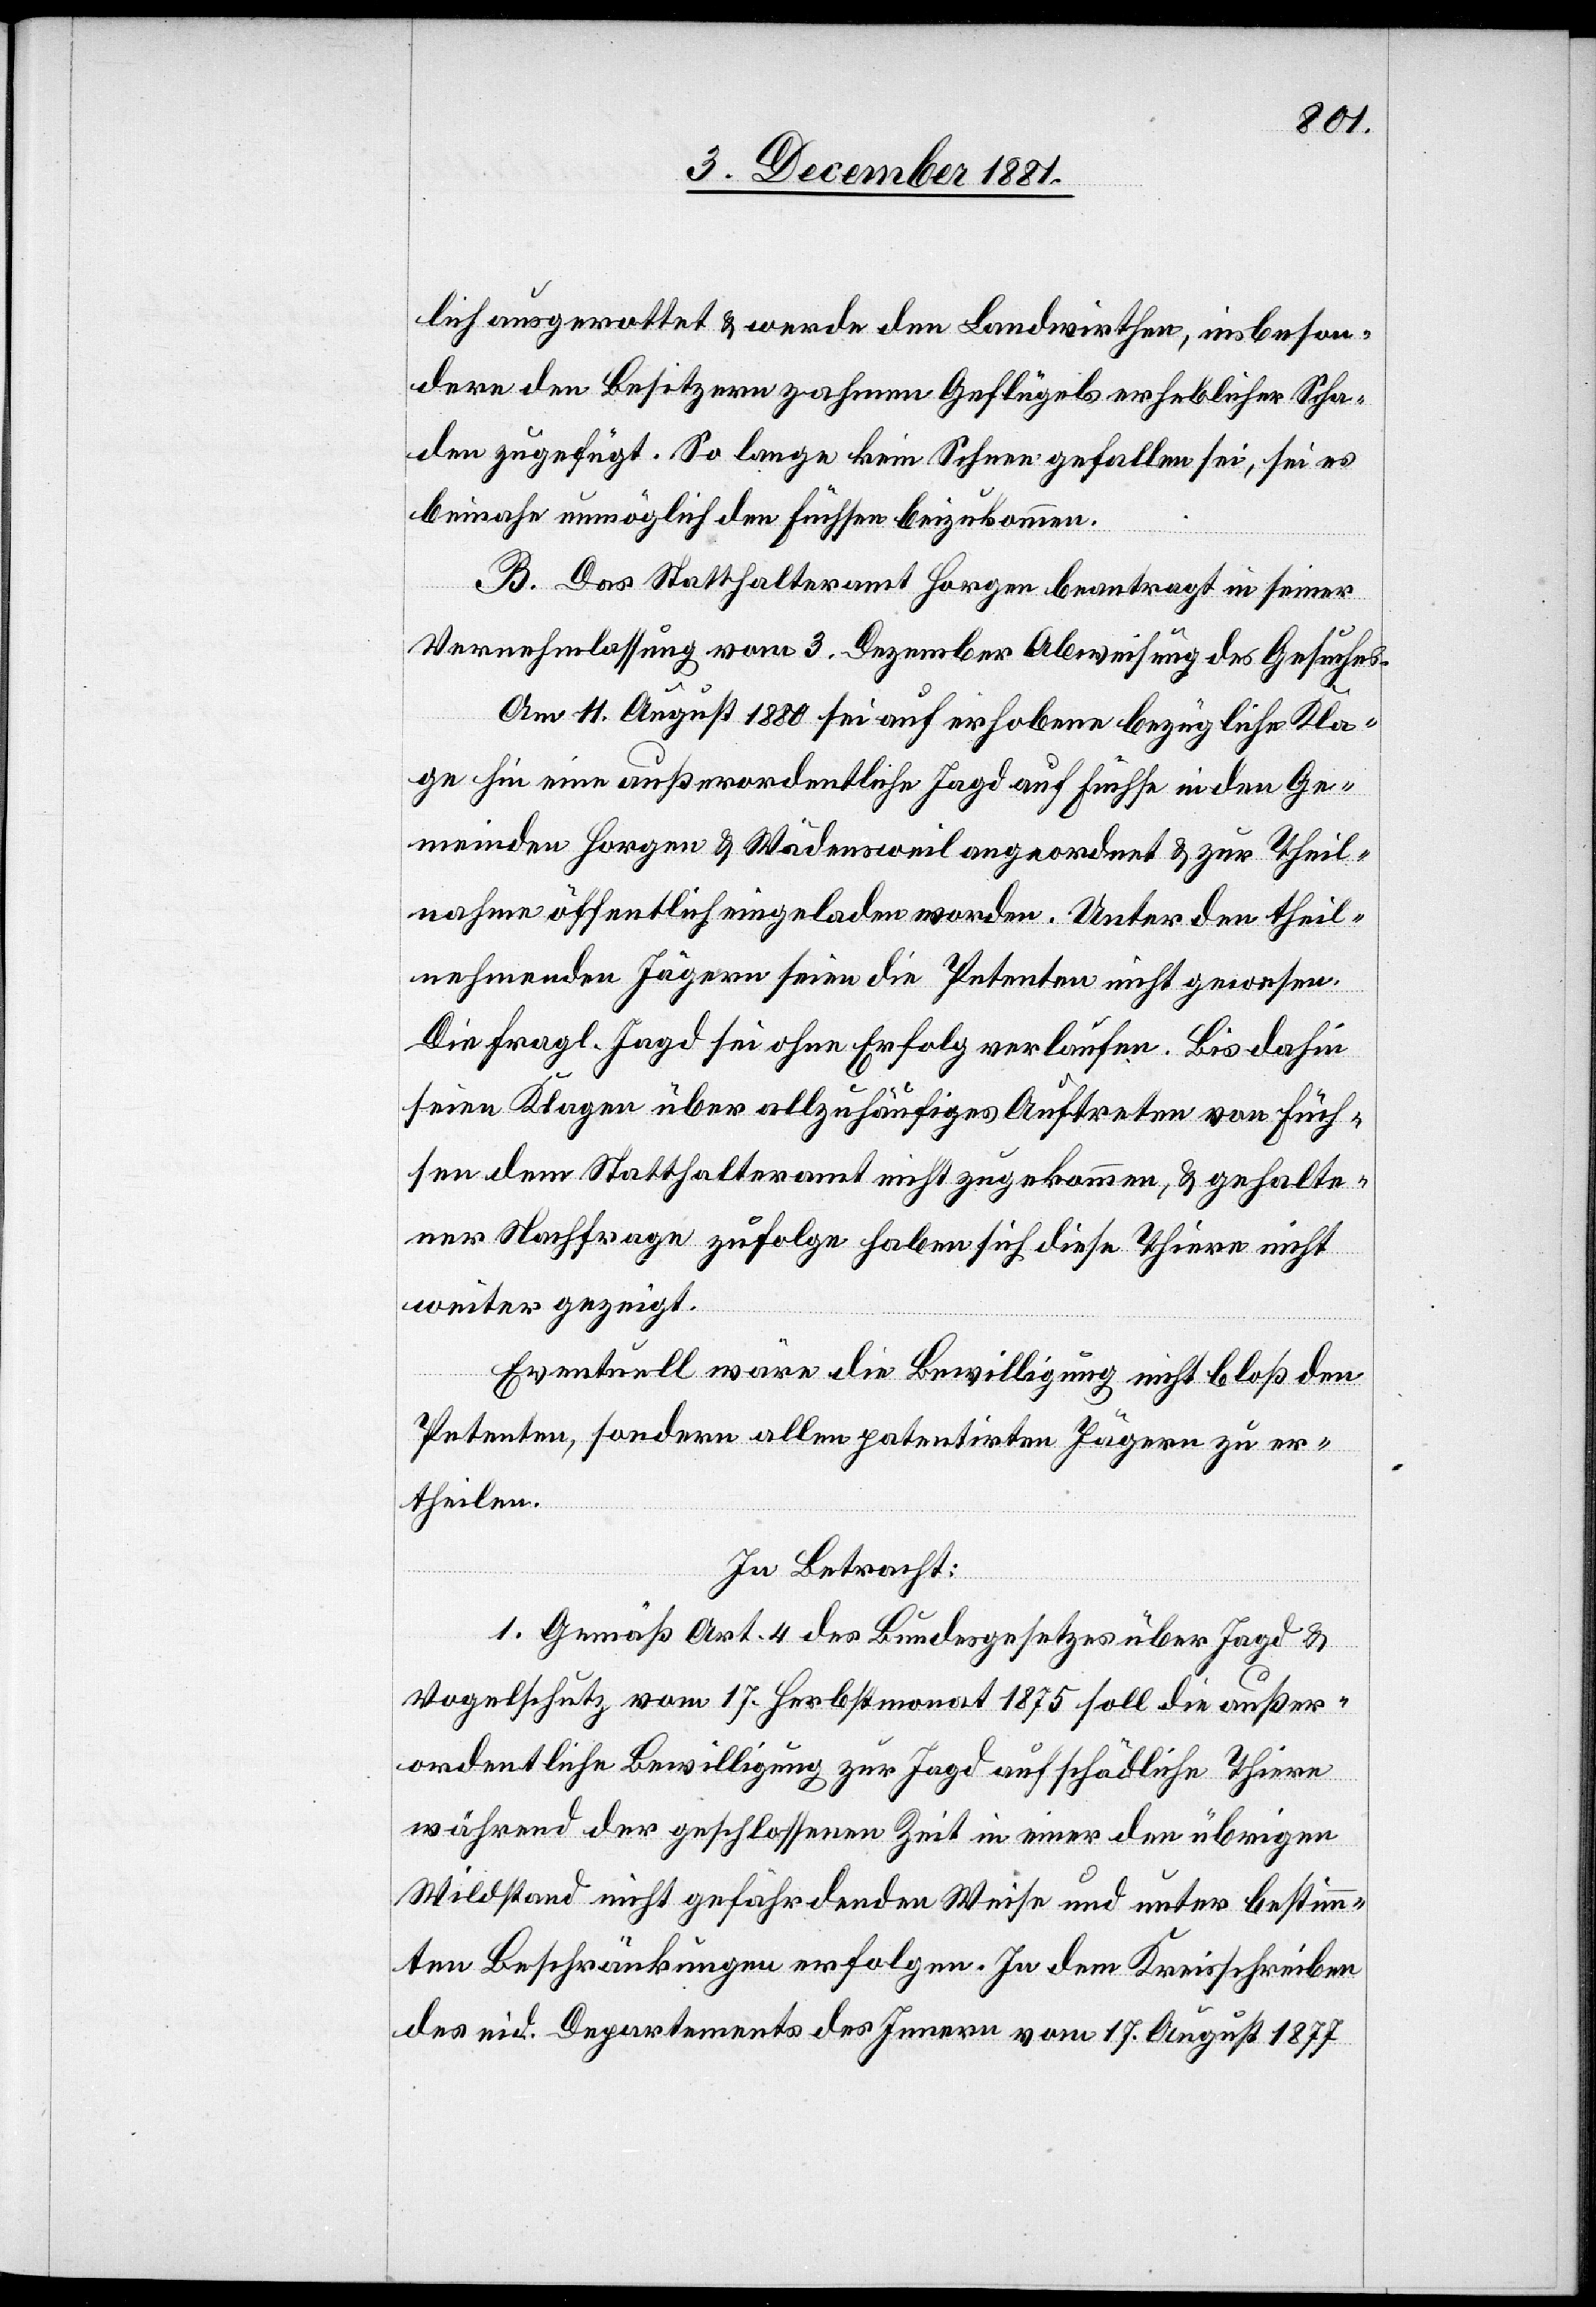
lich ausgerottet & werde den Landwirthen, insbeson¬
dere den Besitzern zahmen Geflügels erheblicher Scha¬
den zugefügt. So lange kein Schnee gefallen sei, sei es
beinahe unmöglich den Füchsen beizukommen.
B. Das Statthalteramt Horgen beantragt in seiner
Vernehmlassung vom 3. Dezember Abweisung des Gesuches.
Am 11. August 1880 sei auf erhobene bezügliche Kla¬
ge hin eine außerordentliche Jagd auf Füchse in den Ge¬
meinden Horgen & Wädensweil angeordnet & zur Theil¬
nahme öffentlich eingeladen worden. Unter den theil¬
nehmenden Jägern seien die Petenten nicht gewesen.
Die fragl. Jagd sei ohne Erfolg verlaufen. Bis dahin
seien Klagen über allzuhäufiges Auftreten von Füch¬
sen dem Statthalteramt nicht zugekommen, & gehalte¬
ner Nachfrage zufolge haben sich diese Thiere nicht
weiter gezeigt.
Eventuell wäre die Bewilligung nicht bloß den
Petenten, sondern allen patentirten Jägern zu er¬
theilen.
In Betracht:
1. Gemäß Art. 4 des Bundesgesetzes über Jagd &
Vogelschutz vom 17. Herbstmonat 1875 soll die außer¬
ordentliche Bewilligung zur Jagd auf schädliche Thiere
während der geschlossenen Zeit in einer den übrigen
Wildstand nicht gefährdenden Weise und unter bestimm¬
ten Beschränkungen erfolgen. In dem Kreisschreiben
des eid. Departements des Innern vom 17 August 1877